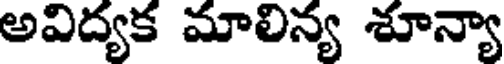
అవిద్యక మాలిన్య శూన్యా